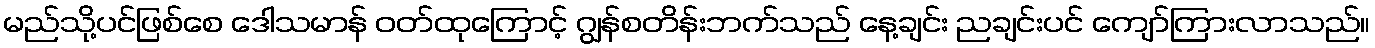
မည်သို့ပင်ဖြစ်စေ ဒေါသမာန် ဝတ်ထုကြောင့် ဂျွန်စတိန်းဘက်သည် နေ့ချင်း ညချင်းပင် ကျော်ကြားလာသည်။